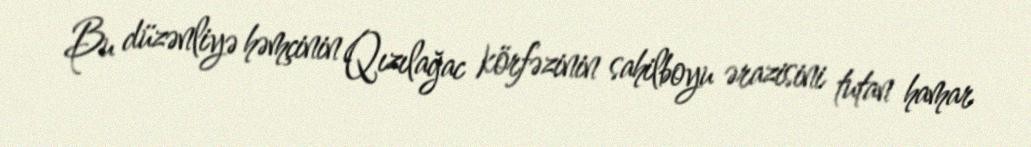
Bu düzənliyə həmçinin Qızılağac körfəzinin sahilboyu ərazisini tutan hamar